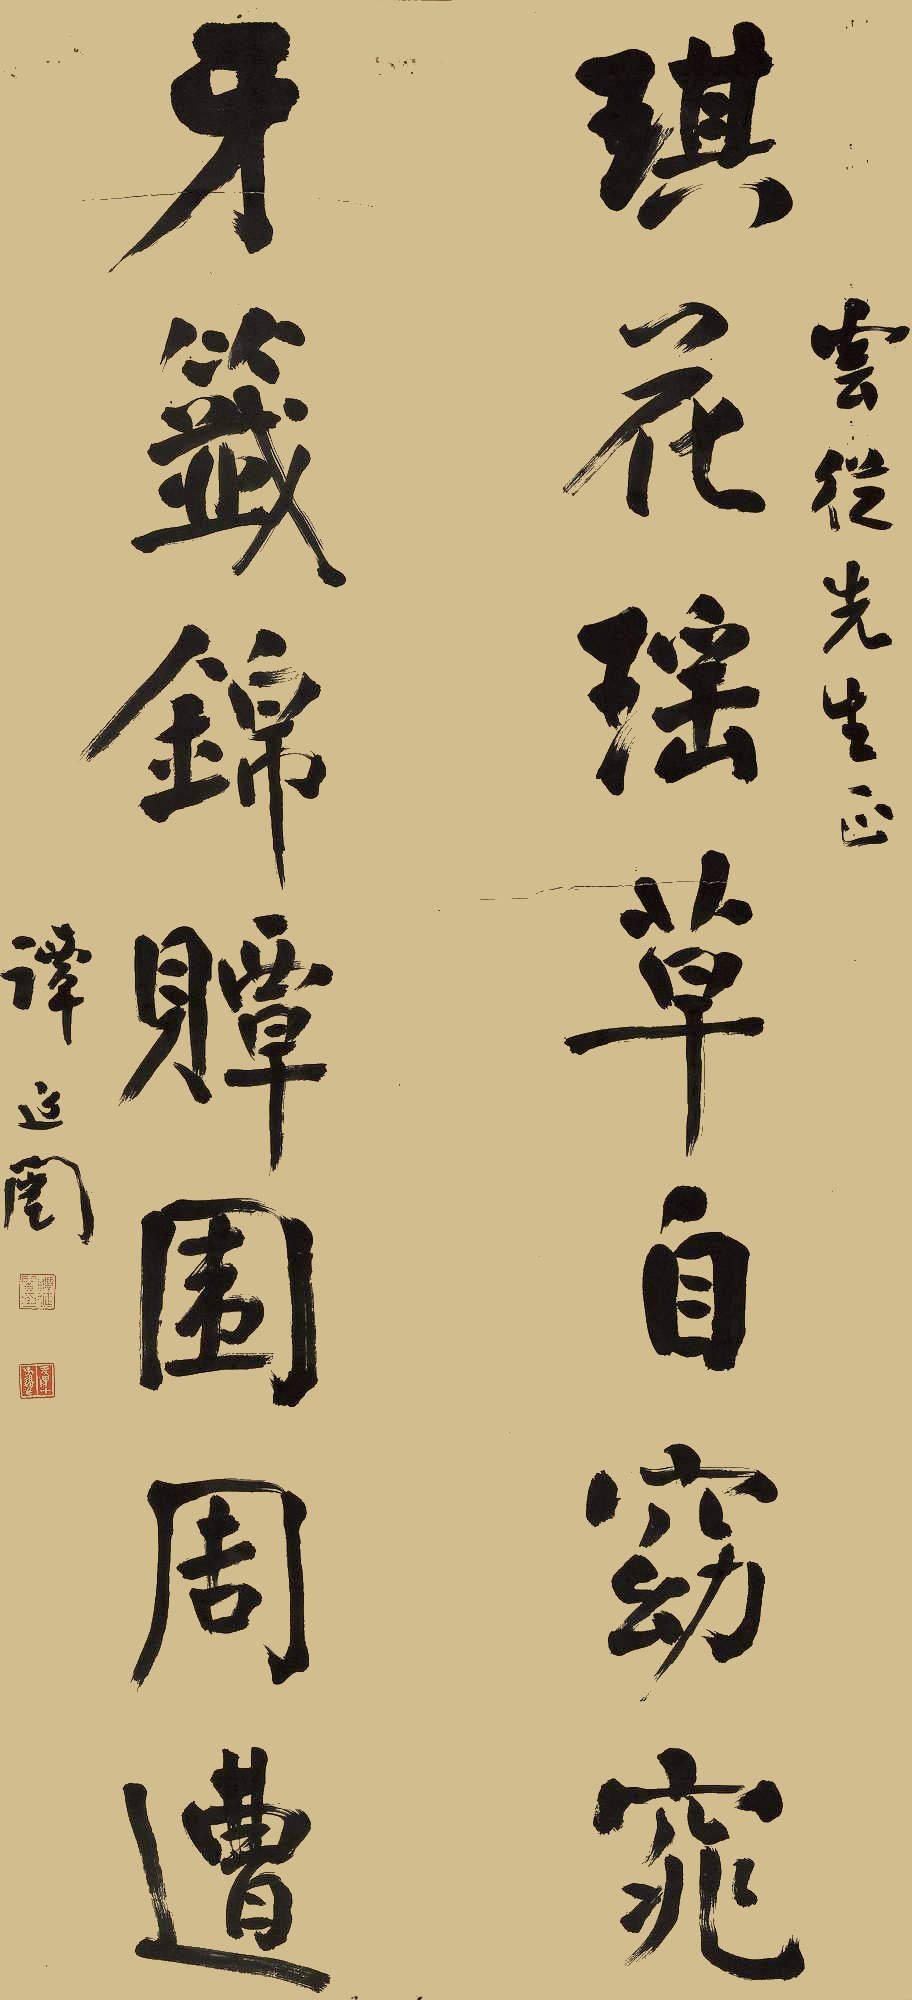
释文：琪花瑶草自窈窕，牙签锦𫎫围周遭。云从先生正。谭延闿。